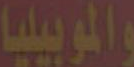
والموبيليا